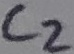
Text: C2